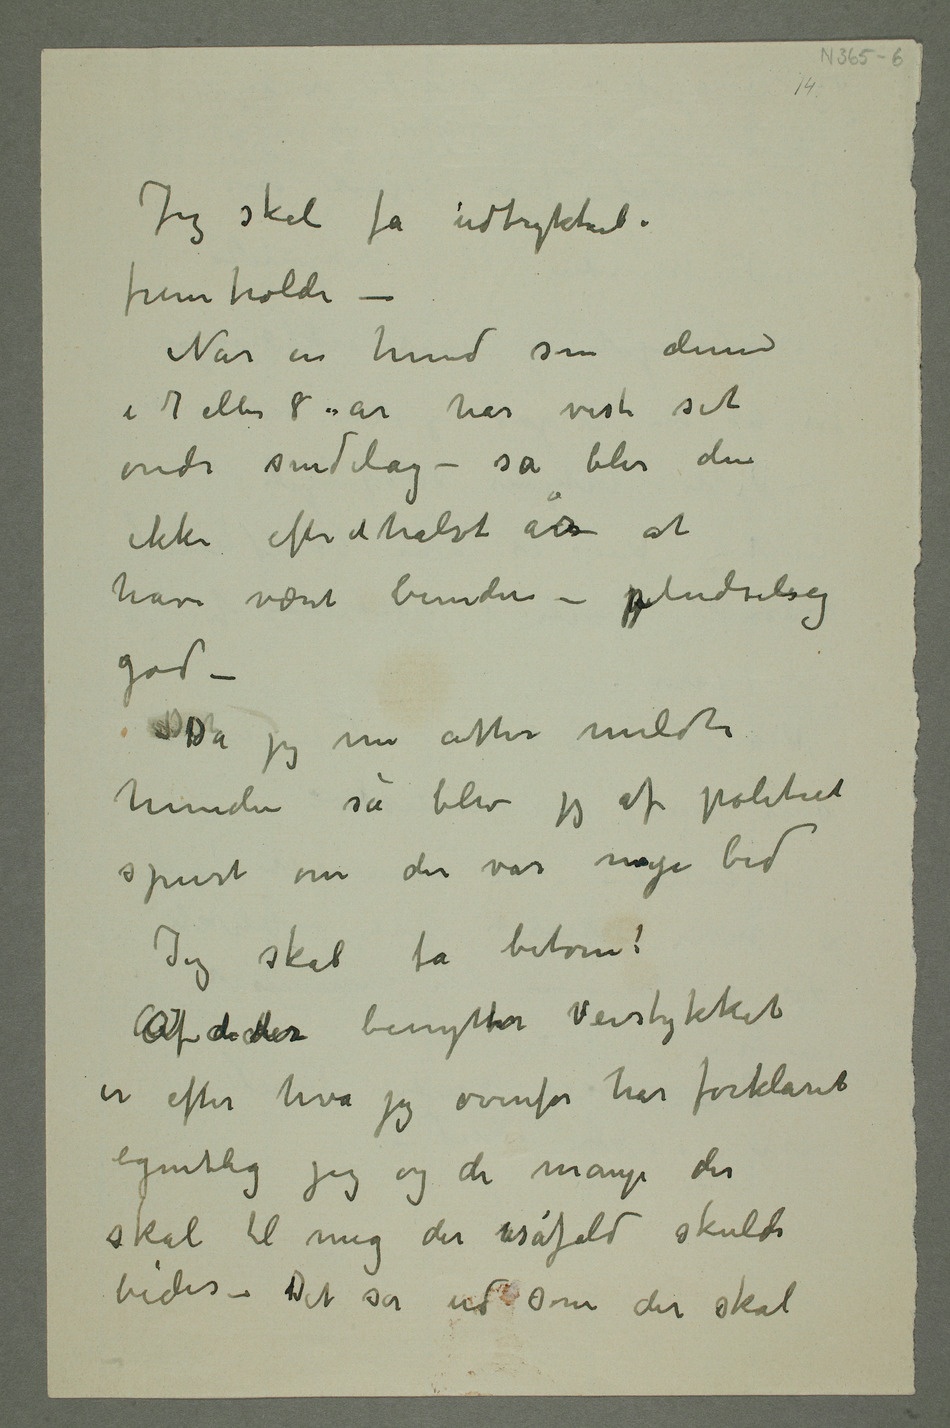
Jeg skal få udtrykkeli
fremholde –
Når en hund som denne
i 7 eller 8 år har vist sit
onde sindelag – så blir den
ikke efter et halvt år at
have været bunden – pludselig
god –
DetDa jeg nu atter meldte
hunden så blev jeg af politiet
spurt om det var nye bid
Jeg skal få betone:
Af de der benytter Veistykket
er efter hva jeg ovenfor har forklaret
egentlig jeg og de mange der
skal til mig der isåfald skulde
bides – Det så ud som der skal